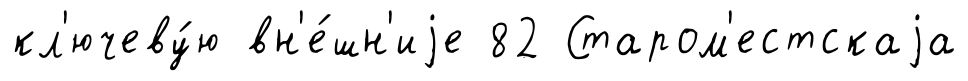
кл'ючеву́ю вн'е́шн'иjе 82 Старом'естскаjа